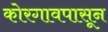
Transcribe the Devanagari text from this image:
कोरगावपासून